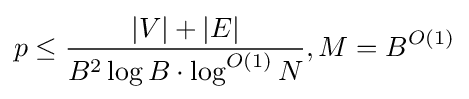
p\leq {\frac {|V|+|E|}{B^{2}\log B\cdot \log ^{O(1)}N}},M=B^{O(1)}